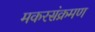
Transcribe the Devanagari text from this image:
मकरसंक्रमण